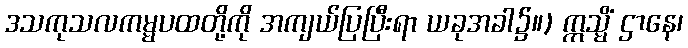
ဒသကုသလကမ္မပထတို့ကို အကျယ်ပြပြီးရာ ယခုအခါ၌။) ဣသ္မိံ ဌာနေ၊